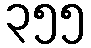
၃၅၅